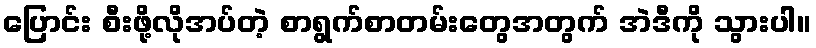
ပြောင်း စီးဖို့လိုအပ်တဲ့ စာရွက်စာတမ်းတွေအတွက် အဲဒီကို သွားပါ။